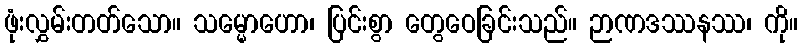
ဖုံးလွှမ်းတတ်သော။ သမ္မောဟော၊ ပြင်းစွာ တွေဝေခြင်းသည်။ ဉာဏဒဿနဿ၊ ကို။